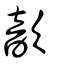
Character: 歆